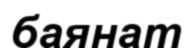
баянат